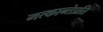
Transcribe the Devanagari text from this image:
मत्कान्तेप्रति